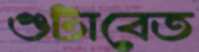
গুটাবেত